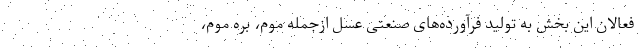
فعالان این بخش به تولید فرآورده‌های صنعتی عسل ازجمله موم، بره موم،